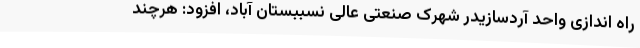
راه اندازی واحد آردسازیدر شهرک صنعتی عالی نسببستان آباد، افزود: هرچند